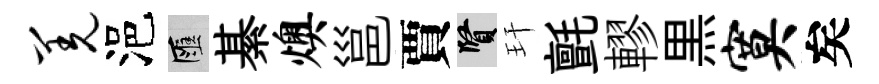
羌浥匯綦燠邕賈賢玕氈轇黒寞矣